Annual report on the working of the lock hospitals in the North-Western Provinces and Oudh
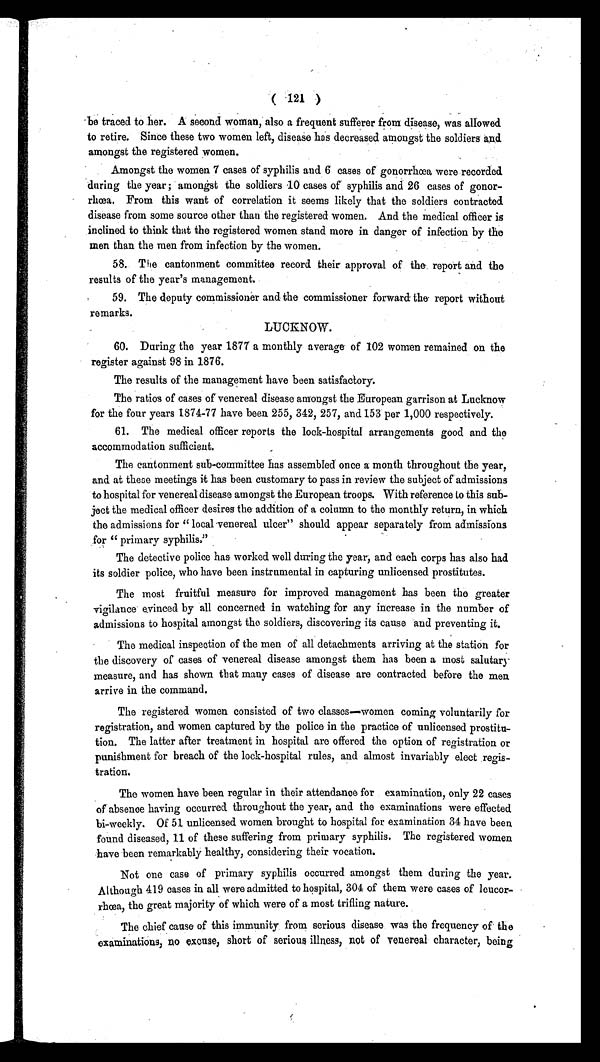
( 121 )
be traced to her. A second woman, also a frequent sufferer from disease, was allowed
to retire. Since these two women left, disease has decreased amongst the soldiers and
amongst the registered women.
Amongst the women 7 cases of syphilis and 6 cases of gonorrhœa were recorded
during the year; amongst the soldiers 10 cases of syphilis and 26 cases of gonor-
rhœa. From this want of correlation it seems likely that the soldiers contracted
disease from some source other than the registered women. And the medical officer is
inclined to think that the registered women stand more in danger of infection by the
men than the men from infection by the women.
58. The cantonment committee record their approval of the report and the
results of the year's management.
59. The deputy commissioner and the commissioner forward the report without
remarks.
LUCKNOW.
60. During the year 1877 a monthly average of 102 women remained on the
register against 98 in 1876.
The results of the management have been satisfactory.
The ratios of cases of venereal disease amongst the European garrison at Lucknow
for the four years 1874-77 have been 255, 342, 257, and 153 per 1,000 respectively.
61. The medical officer reports the lock-hospital arrangements good and the
accommodation sufficient.
The cantonment sub-committee has assembled once a month throughout the year,
and at these meetings it has been customary to pass in review the subject of admissions
to hospital for venereal disease amongst the European troops. With reference to this sub-
ject the medical officer desires the addition of a column to the monthly return, in which
the admissions for " local venereal ulcer" should appear separately from admissions
for " primary syphilis."
The detective police has worked well during the year, and each corps has also had
its soldier police, who have been instrumental in capturing unlicensed prostitutes.
The most fruitful measure for improved management has been the greater
vigilance evinced by all concerned in watching for any increase in the number of
admissions to hospital amongst the soldiers, discovering its cause and preventing it.
The medical inspection of the men of all detachments arriving at the station for
the discovery of cases of venereal disease amongst them has been a most salutary
measure, and has shown that many cases of disease are contracted before the men
arrive in the command.
The registered women consisted of two classes—women coming voluntarily for
registration, and women captured by the police in the practice of unlicensed prostitu-
tion. The latter after treatment in hospital are offered the option of registration or
punishment for breach of the lock-hospital rules, and almost invariably elect regis-
tration.
The women have been regular in their attendance for examination, only 22 cases
of absence having occurred throughout the year, and the examinations were effected
bi-weekly. Of 51 unlicensed women brought to hospital for examination 34 have been
found diseased, 11 of these suffering from primary syphilis. The registered women
have been remarkably healthy, considering their vocation.
Not one case of primary syphilis occurred amongst them during the year.
Although 419 cases in all were admitted to hospital, 304 of them were cases of leucor-
rhœa, the great majority of which were of a most trifling nature.
The chief cause of this immunity, from serious disease was the frequency of the
examinations, no excuse, short of serious illness, not of venereal character, being